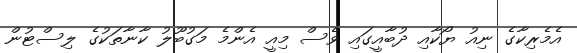
އެމެރިކާގެ ނިއު ޔޯކާއި ދުބާއީގައި ވެސް މިއީ އެންމެ މަގުބޫލު ކާނާތަކުގެ ލިސްޓުން